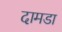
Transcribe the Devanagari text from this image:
दामडा